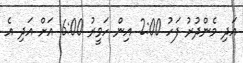
އަދި މެންދުރު ފަހު 2:00 އިން ހަވީރު 6:00 އަށް އަދި އެ